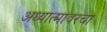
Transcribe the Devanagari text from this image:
अध्यात्मावरचा